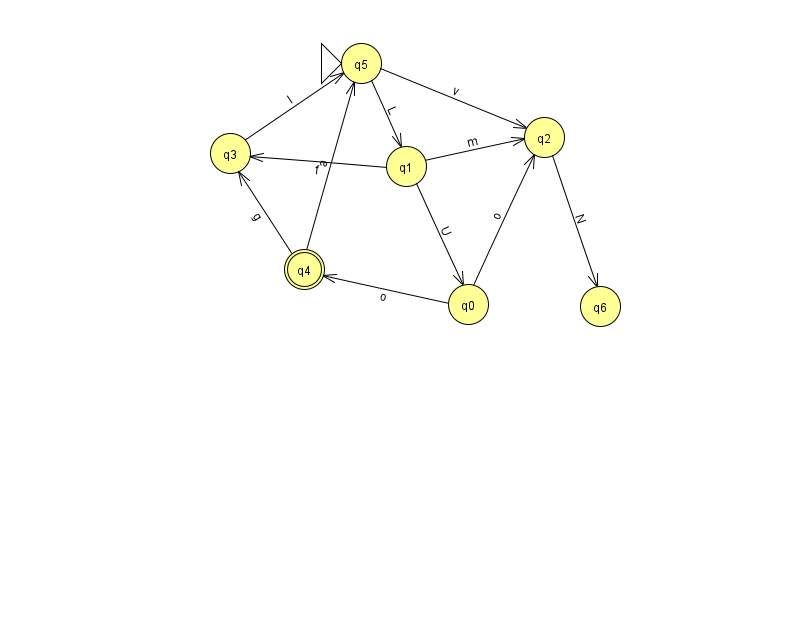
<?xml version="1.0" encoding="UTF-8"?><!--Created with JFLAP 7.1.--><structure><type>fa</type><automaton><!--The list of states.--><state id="0" name="q0"><x>468.0</x><y>291.0</y></state><state id="1" name="q1"><x>406.0</x><y>153.0</y></state><state id="2" name="q2"><x>544.0</x><y>124.0</y></state><state id="3" name="q3"><x>230.0</x><y>140.0</y></state><state id="4" name="q4"><x>304.0</x><y>256.0</y><final/></state><state id="5" name="q5"><x>361.0</x><y>50.0</y><initial/></state><state id="6" name="q6"><x>600.0</x><y>293.0</y></state><!--The list of transitions.--><transition><from>0</from><to>2</to><read>o</read></transition><transition><from>1</from><to>0</to><read>U</read></transition><transition><from>2</from><to>6</to><read>N</read></transition><transition><from>0</from><to>4</to><read>o</read></transition><transition><from>1</from><to>2</to><read>m</read></transition><transition><from>1</from><to>3</to><read>f</read></transition><transition><from>4</from><to>3</to><read>g</read></transition><transition><from>3</from><to>5</to><read>I</read></transition><transition><from>4</from><to>5</to><read>a</read></transition><transition><from>5</from><to>2</to><read>v</read></transition><transition><from>5</from><to>1</to><read>L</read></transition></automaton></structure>